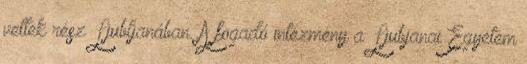
vettek rész Ljubljanában. A fogadó intézmény a Ljubjanai Egyetem